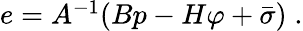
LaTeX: \begin{array}{r}{e=A^{-1}(Bp-H\varphi+\bar{\sigma})\; .}\end{array}